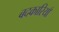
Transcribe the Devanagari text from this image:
बदकारियाँ